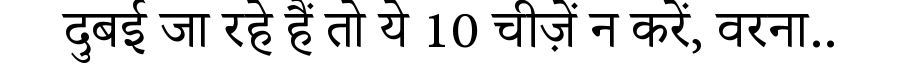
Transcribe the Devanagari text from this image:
दुबई जा रहे हैं तो ये 10 चीज़ें न करें, वरना..